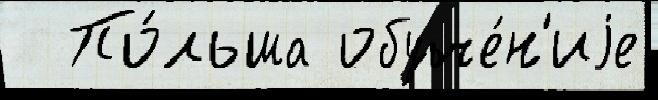
  По́льша обуче́н'иjе